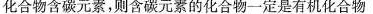
化合物含碳元素，则含碳元素的化合物一定是有机化合物